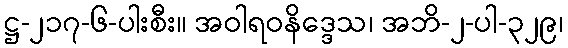
ဋ္ဌ-၂၁၇-၆-ပါးစီး။ အဝါရဝနိဒ္ဒေသ၊ အဘိ-၂-ပါ-၃၂၉၊